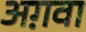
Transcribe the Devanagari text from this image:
अग़वा